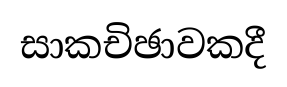
සාකචිඡාවකදී